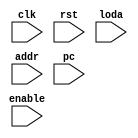
module ProgramCounter(
    input wire clk,
    input wire rst,
    input wire enable,
    input wire loda,
    input wire [31:0] addr,
    input wire [31:0] pc,
);

always @(posedge clk or posedge rst) begin
    if (rst) begin
        pc <= 32'b0; 
    end else if (enable) begin
        if (load) begin
            pc <= addr; 
        end else begin
            pc <= pc + 32'b1; 
        end
    end
end

endmodule